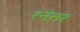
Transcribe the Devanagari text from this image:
१नंतर